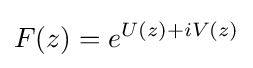
\displaystyle {F(z)=e^{U(z)+iV(z)}}